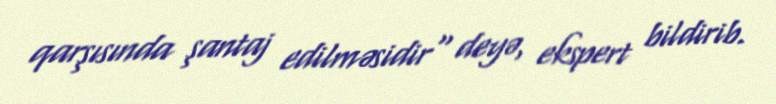
qarşısında şantaj edilməsidir" deyə, ekspert bildirib.